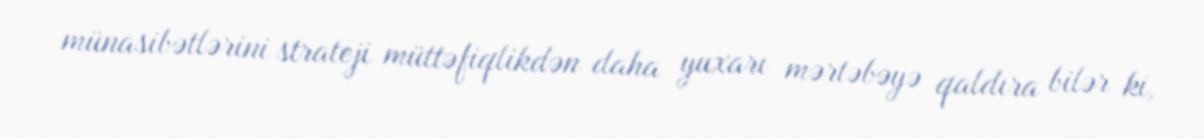
münasibətlərini strateji müttəfiqlikdən daha yuxarı mərtəbəyə qaldıra bilər ki,